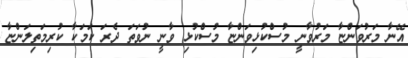
އޭނާ މަރުވަންޏާ މަރުވާނީ މުސްކުޅިވަންޏާ މުސްކުޅި ވާނީ ނުވަތަ ދެރަ ކަމަކާ ކުރިމަތިލަންޏާ